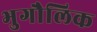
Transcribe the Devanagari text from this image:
भुगौलिक